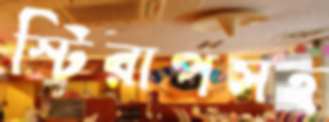
স্টিরাপসহ